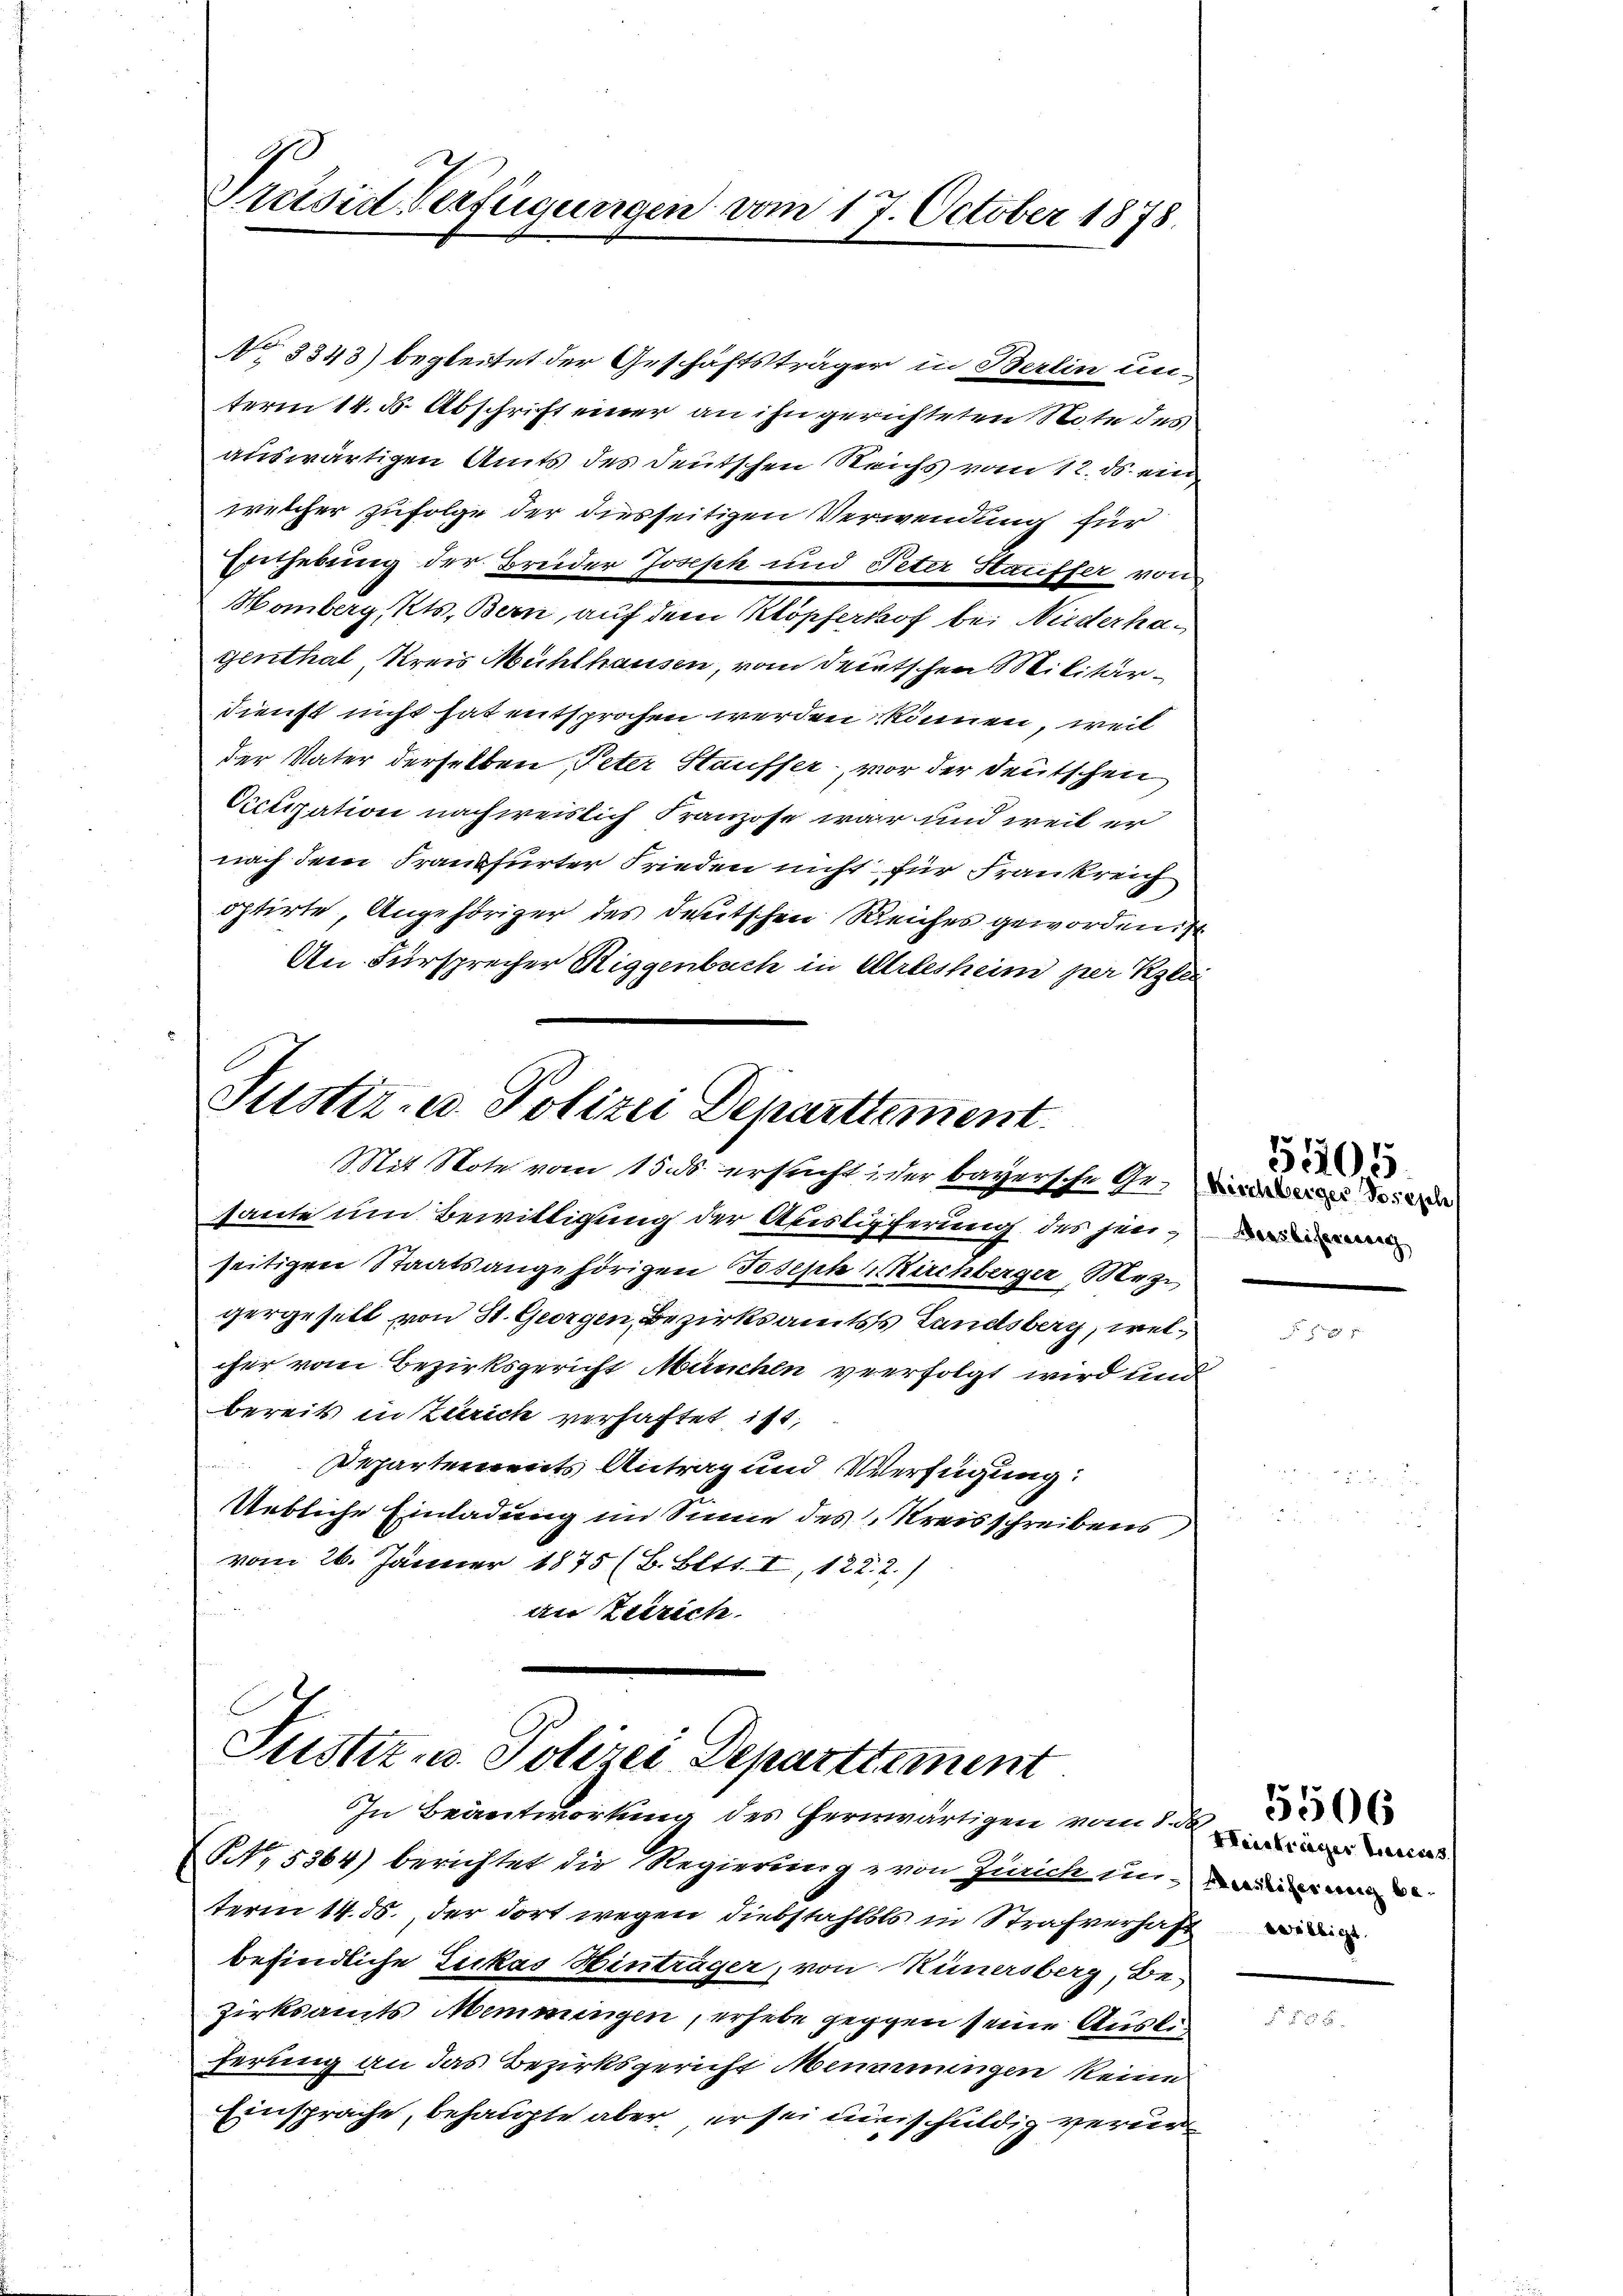
A
Preisia Verfügungen vom 17. October 1878.

No 3343) begleitet der Geschäftsträger in Berlin un-
term 14. ds. Abschrift einer an ihn gerichteten Note des
auswärtigen Amts des Deutschen Reichs vom 12. ds. ein
welcher zufolge der diesseitigen Verwendung für
Einthebung der Breider Joseph und Peter Kauffer von
Homberg, Kts. Bern, auf dem Klopferkof bei Niederhagenthal Kreis Mühlhausen, vom deutschen Militär¬
Dienst nicht hat entsprochen werden können, weil
der Vater derselben Peter Stauffer, vor der deutschen
Cicligation nachweislich Franzose war und weil er
nach dem Frankfurter Frieden nicht für Frankreich
optirte, Angehöriger des deutschen Reiches geworden ist
An Fürsprecher Riggenbuch in Arlesheim per Klei

Justiz- u. Polizei Departtement.
Mit Note vom 15. ds. ersucht der bayersche Ge¬ de der

Justiz u. Polizei Departtement
In Beantwortung des Hernwärtigen vom 1. an s

saute um Bewilligung der Abstipferung des jenseitigen Staatsangehörigen Joseph Kirchberger Mez
gergeselt von St. Georgen, Bezirksamtss Landsberg, welcher vom Bezirksgericht München verfolgt wird und
bereits in Zürich verhaftet ist,
Departements Antrag und Verfügung:
Uebliche Einladung im Sinne des Kreisschreibens,
vom 26. Jänner 1875 (B. Bett. I, 122. 2.)
e
an Zürich

NNo. 5364) berichtet die Regierung von Zürich in einen
term 14. 56. der dort wegen Diebstahlsts in Strafverhaft
befindliche Luckas Hinträger, von Hünersberg, Bezirksamts Memmingen, erhebe gegen seine Ausli
ferung an das Bezirksgericht Menminingen keine
Einsprache, behaupte aber er sei einschuldig verur

5405
Maasbibereinig

5506